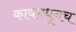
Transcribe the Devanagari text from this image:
कायमधूनच